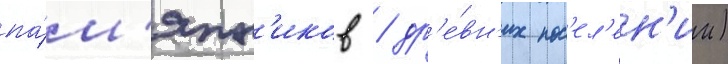
па́м'ятн'иков / др'е́вн'их пос'ел'ен'ии)